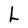
Character: L